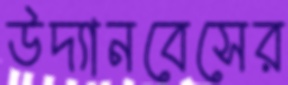
উদ্যানবেসের